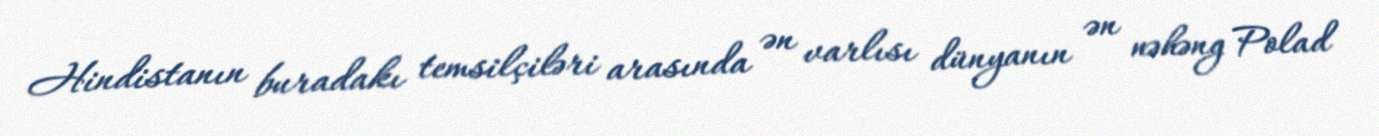
Hindistanın buradakı temsilçiləri arasında ən varlısı dünyanın ən nəhəng Polad